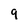
Character: 9